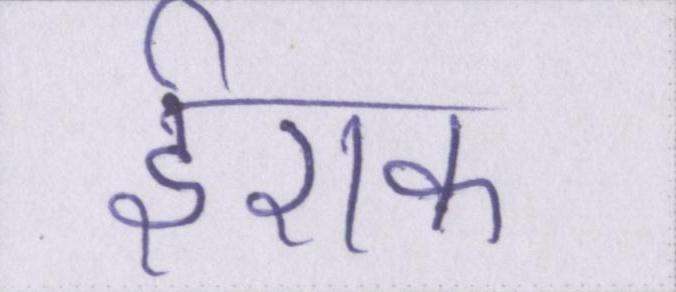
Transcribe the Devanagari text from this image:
ईराक